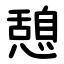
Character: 憩